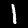
Label: 1